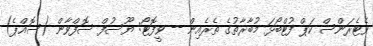
ވެޓެރަންސް ކަޕް ފުޓްބޯޅަ މުބާރާތުގެ ތެރެއިން -- ވީފޮޓޯ: ޔޫސުފް ސޮފްވާން (ސޮއްޕެ)